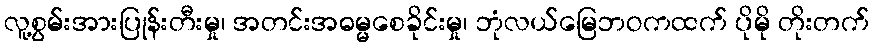
လူ့စွမ်းအားပြုန်းတီးမှု၊ အတင်းအဓမ္မစေခိုင်းမှု၊ ဘုံလယ်မြေဘဝကထက် ပိုမို တိုးတက်